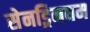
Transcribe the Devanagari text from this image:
सेनड्रिनघम